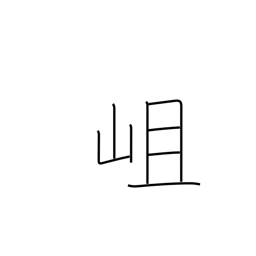
Meaning: a rocky mountain